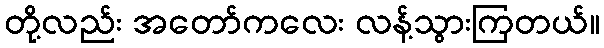
တို့လည်း အတော်ကလေး လန့်သွားကြတယ်။